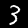
Label: 3